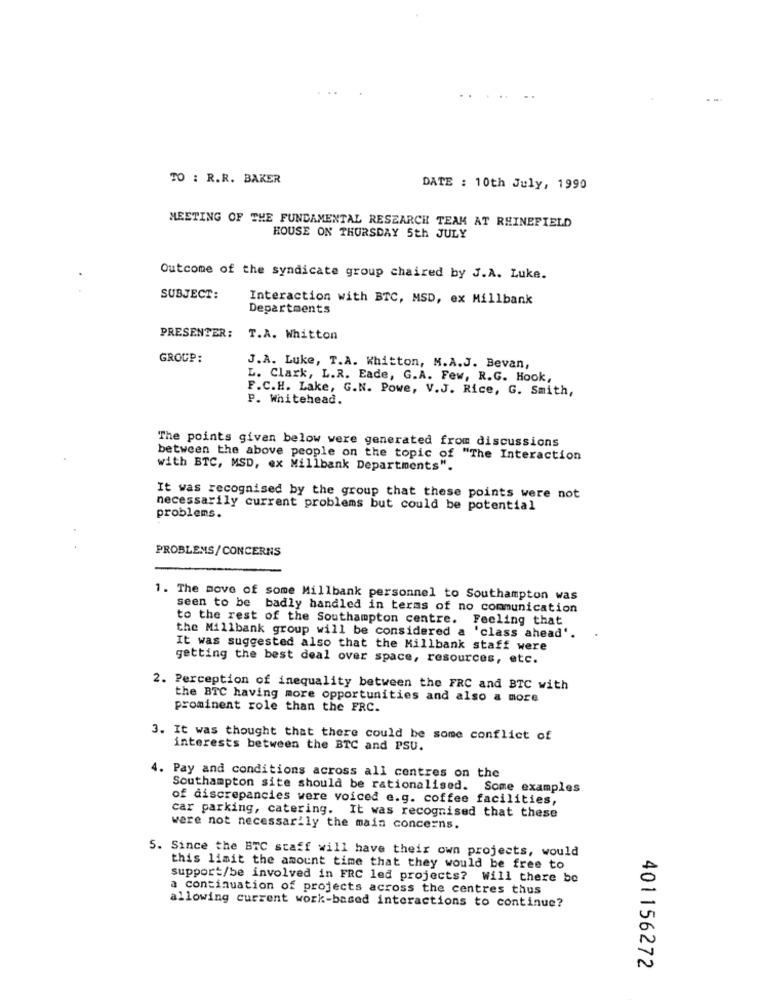
TO : R.R. BAKER
DATE : 10th July, 1990
MEETING OF THE FUNDAMENTAL RESEARCH TEAM AT RHINEFIELD
HOUSE ON THURSDAY 5th JULY
Outcome of the syndicate group chaired by J.A. Luke.
SUBJECT:
Interaction with BTC, MSD, ex Millbank
Departments
PRESENTER:
T.A. Whitton
GROUP:
J.A. Luke, T.A. Whitton, M.A.J. Bevan,
L. Clark, L.R. Eade, G.A. Few, R.G. Hook,
F.C.H. Lake, G.N. Powe, V.J. Rice, G. Smith,
P. Whitehead.
The points given below were generated from discussions
between the above people on the topic of "The Interaction
with BTC, MSD, ex Millbank Departments".
It was recognised by the group that these points were not
necessarily current problems but could be potential
problems.
PROBLEMS/CONCERNS
1. The move of some Millbank personnel to Southampton was
seen to be badly handled in terms of no communication
to the rest of the Southampton centre. Feeling that
the Millbank group will be considered a 'class ahead'.
It was suggested also that the Killbank staff were
getting the best deal over space, resources, etc.
2. Perception of inequality between the FRC and BTC with
the BTC having more opportunities and also a more
prominent role than the FRC.
3. It was thought that there could be some conflict of
interests between the BTC and PSU.
4. Pay and conditions across all centres on the
Southampton site should be rationalised. Some examples
of discrepancies were voiced e.g. coffee facilities,
car parking, catering. It was recognised that these
were not necessarily the main concerns.
5. Since the BTC staff will have their own projects, would
this limit the amount time that they would be free to
support/be involved in FRC led projects? Will there be
a continuation of projects across the centres thus
allowing current work-based interactions to continue?
401156272